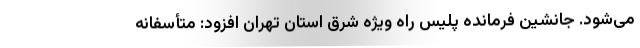
می‌شود. جانشین فرمانده پلیس راه ویژه شرق استان تهران افزود: متأسفانه